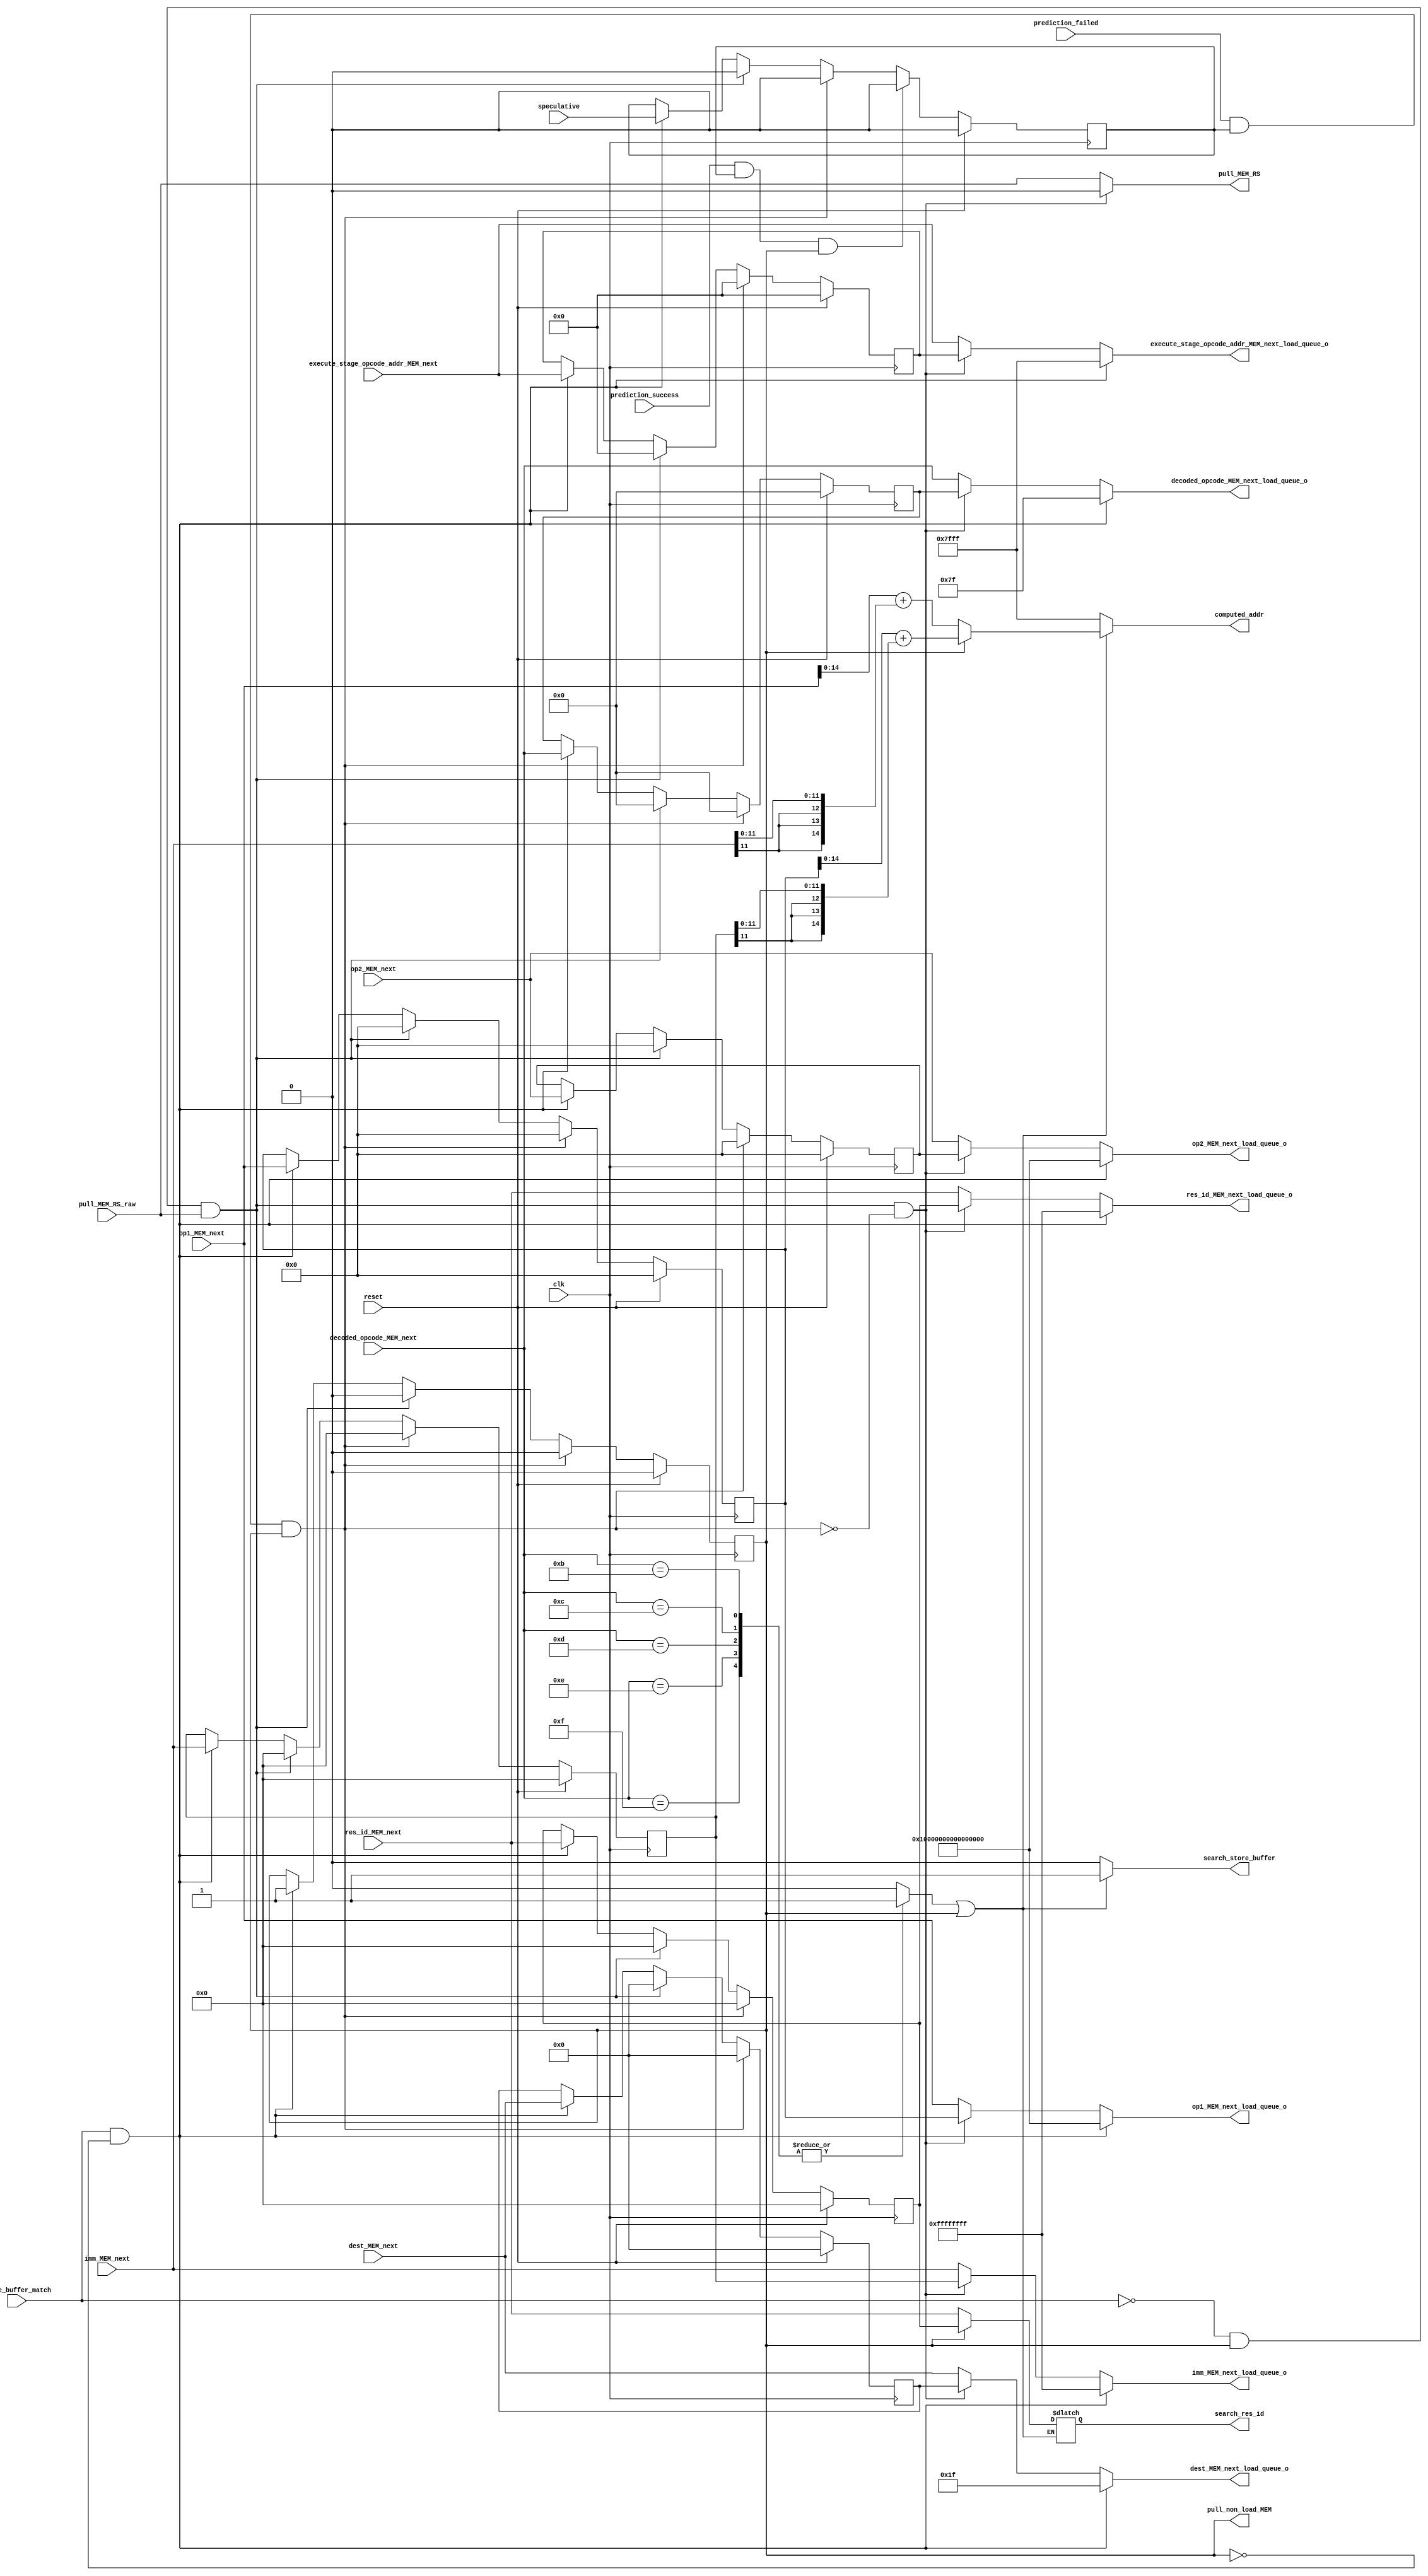
module load_buffer(
    //input
    clk,
    reset,
    store_buffer_match,
    pull_MEM_RS_raw,
    decoded_opcode_MEM_next,	
    op1_MEM_next,
    op2_MEM_next,
    dest_MEM_next,
    imm_MEM_next,
    res_id_MEM_next,
    execute_stage_opcode_addr_MEM_next,
    speculative,
    prediction_success,
    prediction_failed,

    //output
    computed_addr,
    search_res_id,
    search_store_buffer,
    decoded_opcode_MEM_next_load_queue_o,
    op1_MEM_next_load_queue_o,
    op2_MEM_next_load_queue_o,
    dest_MEM_next_load_queue_o,
    imm_MEM_next_load_queue_o,
    res_id_MEM_next_load_queue_o,
    execute_stage_opcode_addr_MEM_next_load_queue_o,

    pull_non_load_MEM,


    pull_MEM_RS



);

//////
//LOAD buffer (fixed size 1)
///////

parameter LB = 7'd11;
parameter LH = 7'd12;
parameter LW = 7'd13;
parameter LBU = 7'd14;
parameter LHU = 7'd15;

parameter ADDR_WIDTH = 15; //32k ram
parameter DATA_WIDTH = 32;

//ports
input clk;
input reset;

output reg [ADDR_WIDTH-1:0] computed_addr;
output reg [32-1:0] search_res_id;
output reg search_store_buffer;
input store_buffer_match;

output reg [6:0]decoded_opcode_MEM_next_load_queue_o;	
output reg [63:0] op1_MEM_next_load_queue_o;
output reg [63:0] op2_MEM_next_load_queue_o;
output reg [4:0] dest_MEM_next_load_queue_o;
output reg [31:0] imm_MEM_next_load_queue_o;
output reg [31:0] res_id_MEM_next_load_queue_o;
output reg [ADDR_WIDTH-1:0] execute_stage_opcode_addr_MEM_next_load_queue_o;

output pull_non_load_MEM;

input pull_MEM_RS_raw;
output reg pull_MEM_RS;

input speculative;
input prediction_success;
input prediction_failed;


input [6:0]decoded_opcode_MEM_next;	
input [63:0] op1_MEM_next;
input [63:0] op2_MEM_next;
input [4:0] dest_MEM_next;
input [31:0] imm_MEM_next;
input [31:0] res_id_MEM_next;
input [ADDR_WIDTH-1:0] execute_stage_opcode_addr_MEM_next;

//buffer latches
reg [6:0]decoded_opcode_MEM_next_load_queue;	
reg [63:0] op1_MEM_next_load_queue;
reg [63:0] op2_MEM_next_load_queue;
reg [4:0] dest_MEM_next_load_queue;
reg [31:0] imm_MEM_next_load_queue;
reg [31:0] res_id_MEM_next_load_queue;
reg [ADDR_WIDTH-1:0] execute_stage_opcode_addr_MEM_next_load_queue;
reg buffer_full;
reg speculative_r;

//detect incoming load instruction + compute address
reg load_instruction;
always @(*) begin
    load_instruction = 0;
    computed_addr = -1;
    search_store_buffer = 0;
    case(decoded_opcode_MEM_next)   
        //Load
        LB, 
        LH, 
        LW,		
        LBU,	
        LHU : begin 
       	load_instruction = 1;
        end
    endcase

    if(load_instruction || buffer_full) computed_addr = buffer_full ? op1_MEM_next_load_queue[31:0] + $signed({{32{imm_MEM_next_load_queue[11]}},imm_MEM_next_load_queue[11:0]}) : op1_MEM_next[31:0] + $signed({{32{imm_MEM_next[11]}},imm_MEM_next[11:0]});
    if(load_instruction || buffer_full) search_res_id = buffer_full ? res_id_MEM_next_load_queue : res_id_MEM_next;
    if(load_instruction || buffer_full) search_store_buffer = 1;
end

//latch load instruction if conflict detected

always @(posedge clk) begin
    if(reset) begin
        decoded_opcode_MEM_next_load_queue              <= 'h0;	
        op1_MEM_next_load_queue                         <= 'h0;
        op2_MEM_next_load_queue                         <= 'h0;
        dest_MEM_next_load_queue                        <= 'h0;
        imm_MEM_next_load_queue                         <= 'h0;
        res_id_MEM_next_load_queue                      <= 'h0;
        execute_stage_opcode_addr_MEM_next_load_queue   <= 'h0;
        buffer_full                                     <= 'h0;
        speculative_r                                   <= 'h0;
    end else begin
        //store buffer match, load into buffer
        if(store_buffer_match && !buffer_full) begin
            decoded_opcode_MEM_next_load_queue              <= decoded_opcode_MEM_next;	
            op1_MEM_next_load_queue                         <= op1_MEM_next;
            op2_MEM_next_load_queue                         <= op2_MEM_next;
            dest_MEM_next_load_queue                        <= dest_MEM_next;
            imm_MEM_next_load_queue                         <= imm_MEM_next;
            res_id_MEM_next_load_queue                      <= res_id_MEM_next;
            execute_stage_opcode_addr_MEM_next_load_queue   <= execute_stage_opcode_addr_MEM_next;
            buffer_full                                     <= 'h1;
            speculative_r                                   <= speculative;
        end
        //store buffer match has cleared, issue load
        if(!store_buffer_match && buffer_full && pull_MEM_RS_raw) begin
            decoded_opcode_MEM_next_load_queue                  <= 'h0;	
            op1_MEM_next_load_queue                             <= 'h0;
            op2_MEM_next_load_queue                             <= 'h0;
            dest_MEM_next_load_queue                            <= 'h0;
            imm_MEM_next_load_queue                             <= 'h0;
            res_id_MEM_next_load_queue                          <= 'h0;
            execute_stage_opcode_addr_MEM_next_load_queue       <= 'h0;
            buffer_full                                         <= 'h0;
            speculative_r                                       <= 'h0;
        end
        //speculative result has resolved
        //prediction failed
        if(prediction_failed && speculative_r && buffer_full) begin
            decoded_opcode_MEM_next_load_queue                  <= 'h0;	
            op1_MEM_next_load_queue                             <= 'h0;
            op2_MEM_next_load_queue                             <= 'h0;
            dest_MEM_next_load_queue                            <= 'h0;
            imm_MEM_next_load_queue                             <= 'h0;
            res_id_MEM_next_load_queue                          <= 'h0;
            execute_stage_opcode_addr_MEM_next_load_queue       <= 'h0;
            buffer_full                                         <= 'h0;
            speculative_r                                       <= 'h0;
        end
        //prediction success
        if(prediction_success && speculative_r && buffer_full) begin
            speculative_r                                       <= 'h0;
        end
    end
end

assign pull_non_load_MEM = buffer_full;

//MUX the input to Mem_ctl
always @(*) begin
    if(store_buffer_match && !buffer_full) begin
        decoded_opcode_MEM_next_load_queue_o              = -1;	
        op1_MEM_next_load_queue_o                         = -1;
        op2_MEM_next_load_queue_o                         = -1;
        dest_MEM_next_load_queue_o                        = -1;
        imm_MEM_next_load_queue_o                         = -1;
        res_id_MEM_next_load_queue_o                      = -1;
        execute_stage_opcode_addr_MEM_next_load_queue_o   = -1;
    end else if((!store_buffer_match && buffer_full && pull_MEM_RS_raw) && !(prediction_failed && speculative_r && buffer_full)) begin
        decoded_opcode_MEM_next_load_queue_o              = decoded_opcode_MEM_next_load_queue;	
        op1_MEM_next_load_queue_o                         = op1_MEM_next_load_queue;
        op2_MEM_next_load_queue_o                         = op2_MEM_next_load_queue;
        dest_MEM_next_load_queue_o                        = dest_MEM_next_load_queue;
        imm_MEM_next_load_queue_o                         = imm_MEM_next_load_queue;
        res_id_MEM_next_load_queue_o                      = res_id_MEM_next_load_queue;
        execute_stage_opcode_addr_MEM_next_load_queue_o   = execute_stage_opcode_addr_MEM_next_load_queue;
    end else begin
        decoded_opcode_MEM_next_load_queue_o              = decoded_opcode_MEM_next;	
        op1_MEM_next_load_queue_o                         = op1_MEM_next;
        op2_MEM_next_load_queue_o                         = op2_MEM_next;
        dest_MEM_next_load_queue_o                        = dest_MEM_next;
        imm_MEM_next_load_queue_o                         = imm_MEM_next;
        res_id_MEM_next_load_queue_o                      = res_id_MEM_next;
        execute_stage_opcode_addr_MEM_next_load_queue_o   = execute_stage_opcode_addr_MEM_next;
    end
end
//MUX the pull request from Mem_ctl to Mem_ctl_RS
always @(*) begin
    if((!store_buffer_match && buffer_full && pull_MEM_RS_raw) && !(prediction_failed && speculative_r && buffer_full)) pull_MEM_RS = 0;
    else pull_MEM_RS = pull_MEM_RS_raw;
end
endmodule